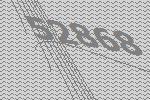
52868